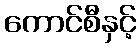
ကောင်စီနှင့်